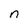
Character: n